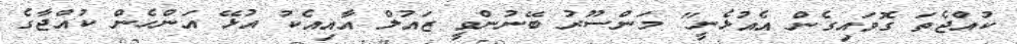
ކުއްޖެތަ ގޮވައިގެން އެއުޅެނީ" މަންސޫރު ބޭނުންވީ ޒައުލް އާއިއެކު އުޅޭ އަންހެން ކުއްޖާގެ